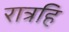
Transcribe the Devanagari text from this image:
रात्रहि